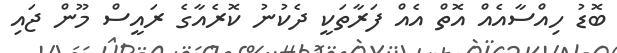
ބޮޑު ހިއްސާއެއް އޮތް އެއް ފަރާތަކީ ދެކުނު ކޮރެއާގެ ރައީސް މޫން ޖައި